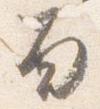
面